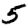
Digit: 5